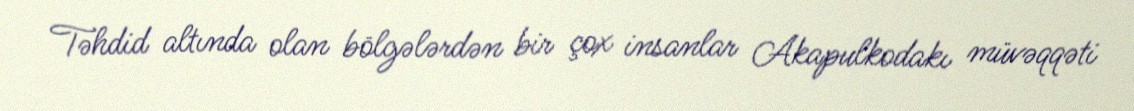
Təhdid altında olan bölgələrdən bir çox insanlar Akapulkodakı müvəqqəti